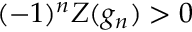
( - 1 ) ^ { n } Z ( g _ { n } ) > 0